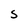
Character: S